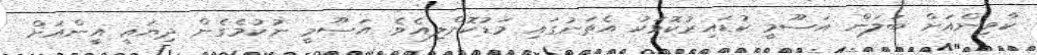
ކާވިންއަށް ބަލަން އަސޫމީ ކުޑައިރުކޮޅަކު އެތަނުގައި މަޑުކޮށްލިއެވެ. އަސޫމީ ނުކުމެގެން ދިޔައީ އީންއަށް